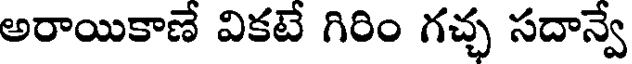
అరాయికాణే వికటే గిరిం గచ్ఛ సదాన్వే